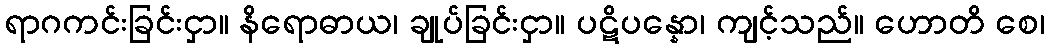
ရာဂကင်းခြင်းငှာ။ နိရောဓာယ၊ ချုပ်ခြင်းငှာ။ ပဋိပန္နော၊ ကျင့်သည်။ ဟောတိ စေ၊